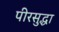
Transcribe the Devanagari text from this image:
पीरसुद्धा